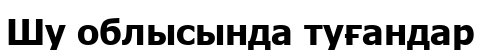
Шу облысында туғандар